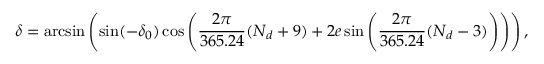
\delta = \arcsin \left( \sin ( - \delta _ { 0 } ) \cos \left( \frac { 2 \pi } { 3 6 5 . 2 4 } ( N _ { d } + 9 ) + 2 e \sin \left( \frac { 2 \pi } { 3 6 5 . 2 4 } ( N _ { d } - 3 ) \right) \right) \right) ,